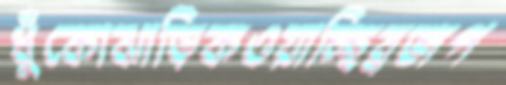
ধুঁকোঝাড়িকওয়াচ্ছিব্রজপ